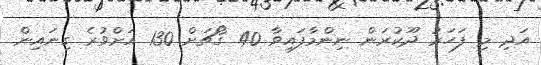
އަދި މި ފަހަރު ދޫކުރަން ނިންމާފައިވާ 40 ގޯޗަށް 130 އަށްވުރެ ގިނައިން